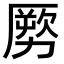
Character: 𠢤